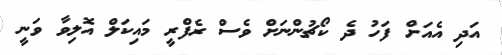
އަދި އެއަށް ފަހު ދެ ކޯޗުންނަށް ވެސް ރެފްރީ މައިކަލް އޮލިވާ ވަނީ